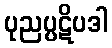
ပုညပ္ပဋိပဒါ